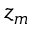
z _ { m }